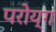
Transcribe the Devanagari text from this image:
परोय्ग